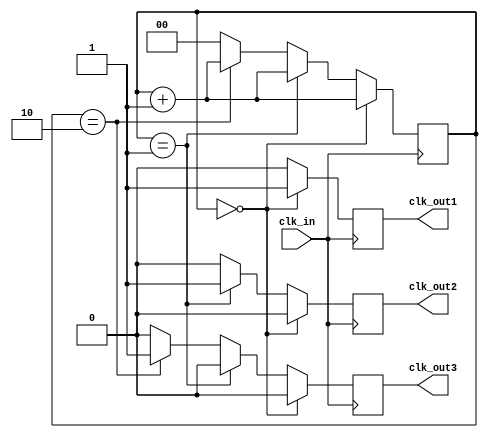
module multi_phase_clock_divider (
  input wire clk_in,
  output reg clk_out1,
  output reg clk_out2,
  output reg clk_out3,
  // Add more output reg for additional clock phases
);

reg [1:0] count;

always @(posedge clk_in) begin
  count <= count + 1;
  
  if (count == 2'b00) begin
    clk_out1 <= 1'b1;
    clk_out2 <= 1'b0;
    clk_out3 <= 1'b0;
    // Add more logic for additional clock phases
  end
  else if (count == 2'b01) begin
    clk_out1 <= 1'b0;
    clk_out2 <= 1'b1;
    clk_out3 <= 1'b0;
    // Add more logic for additional clock phases
  end
  else if (count == 2'b10) begin
    clk_out1 <= 1'b0;
    clk_out2 <= 1'b0;
    clk_out3 <= 1'b1;
    // Add more logic for additional clock phases
  end
  else begin
    // Reset count and output signals
    count <= 2'b00;
    clk_out1 <= 1'b0;
    clk_out2 <= 1'b0;
    clk_out3 <= 1'b0;
    // Add more logic for additional clock phases
  end
end

endmodule